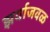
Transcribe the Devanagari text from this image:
झर्याजवळ